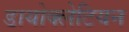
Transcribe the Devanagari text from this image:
डायोक्लेटियन